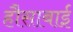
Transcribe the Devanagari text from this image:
हौसाबाई